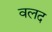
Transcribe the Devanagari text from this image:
वलद